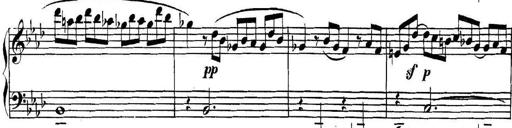
Title: Collected Piano Sonatas
Composer: Muzio Clementi